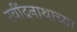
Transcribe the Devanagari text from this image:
रवींद्रनाथाच्या